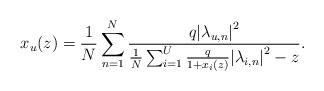
LaTeX: \begin{align*} {x_u(z)} = \frac{1}{N}\sum\limits_{n = 1}^N {\frac{{q{{\left| {{\lambda _{u,n}}} \right|}^2}}}{{\frac{1}{N}\sum\nolimits_{i = 1}^U {\frac{q}{{1 + {x_i(z)}}}{{\left| {{\lambda _{i,n}}} \right|}^2}} - {z}}}}.\end{align*}